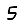
Digit: 5